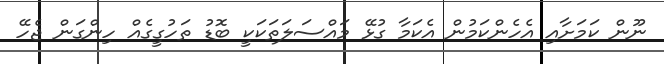
ނޫން ކަަމަށާއި އެހެންކަމުން އެކަމާ ގުޅޭ މައްސަލަތަކަކީ ބޮޑު ތަހުގީގެއް ހިންގަން ޖެހޭ